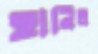
হানিল